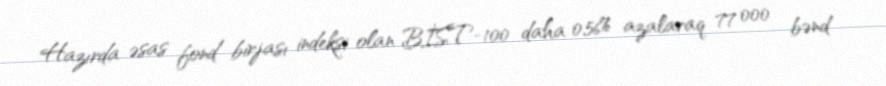
Hazırda əsas fond birjası indeksi olan BİST-100 daha 0,56% azalaraq 77 000 bənd